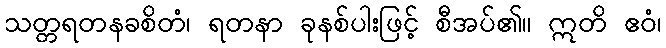
သတ္တရတနခစိတံ၊ ရတနာ ခုနစ်ပါးဖြင့် စီအပ်၏။ ဣတိ ဧဝံ၊